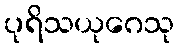
ပုရိသယုဂေသု